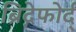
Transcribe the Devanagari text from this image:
ब्रिद्गेफोर्द्